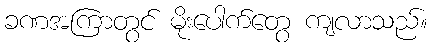
ခဏအကြာတွင် မိုးပေါက်တွေ ကျလာသည်။